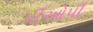
પીઓપી